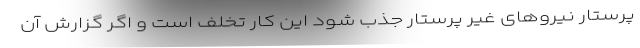
پرستار نیروهای غیر پرستار جذب شود این کار تخلف است و اگر گزارش آن